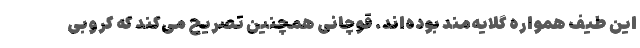
این طیف همواره گلایه‌مند بوده‌اند. قوچانی همچنین تصریح می‌کند که کروبی